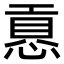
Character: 慐